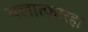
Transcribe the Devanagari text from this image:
बलात्कारही